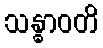
သန္ဓာဝတိ